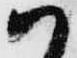
ハ